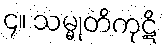
၄။ သမ္မုတိကုဋိ